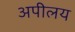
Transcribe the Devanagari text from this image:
अपीलय